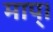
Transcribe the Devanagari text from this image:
माप्।